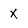
Character: X